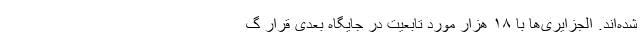
شده‌اند. الجزایری‌ها با ۱۸ هزار مورد تابعیت در جایگاه بعدی قرار گ